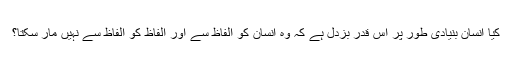
کیا انسان بنیادی طور پر اس قدر بزدل ہے کہ وہ انسان کو الفاظ سے اور الفاظ کو الفاظ سے نہیں مار سکتا؟